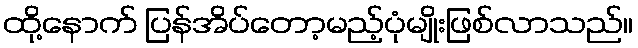
ထို့နောက် ပြန်အိပ်တော့မည့်ပုံမျိုးဖြစ်လာသည်။